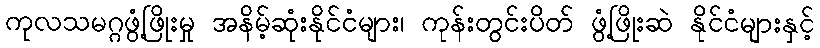
ကုလသမဂ္ဂဖွံ့ဖြိုးမှု အနိမ့်ဆုံးနိုင်ငံများ၊ ကုန်းတွင်းပိတ် ဖွံ့ဖြိုးဆဲ နိုင်ငံများနှင့်